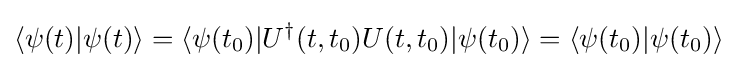
\langle \psi (t)|\psi (t)\rangle =\langle \psi (t_{0})|U^{\dagger }(t,t_{0})U(t,t_{0})|\psi (t_{0})\rangle =\langle \psi (t_{0})|\psi (t_{0})\rangle